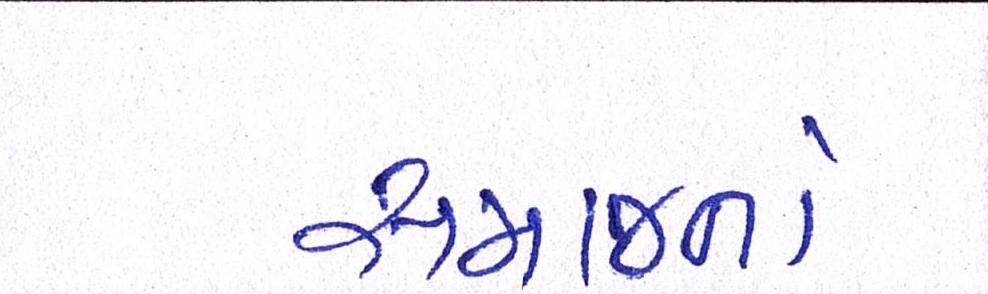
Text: સમાજનો